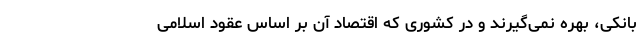
بانکی، بهره نمی‌گیرند و در کشوری که اقتصاد آن بر اساس عقود اسلامی